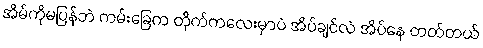
အိမ်ကိုမပြန်ဘဲ ကမ်းခြေက တိုက်ကလေးမှာပဲ အိပ်ချင်လဲ အိပ်နေ တတ်တယ်